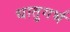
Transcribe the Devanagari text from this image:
धातुगर्भ